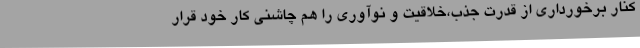
کنار برخورداری از قدرت جذب،خلاقیت و نوآوری را هم چاشنی کار خود قرار